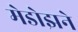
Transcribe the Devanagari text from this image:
मेडोझने